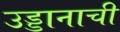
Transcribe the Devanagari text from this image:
उड्डानाची